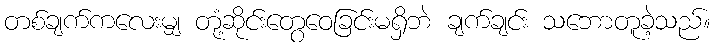
တစ်ချက်ကလေးမျှ တုံ့ဆိုင်းတွေဝေခြင်းမရှိဘဲ ချက်ချင်း သဘောတူခဲ့သည်။